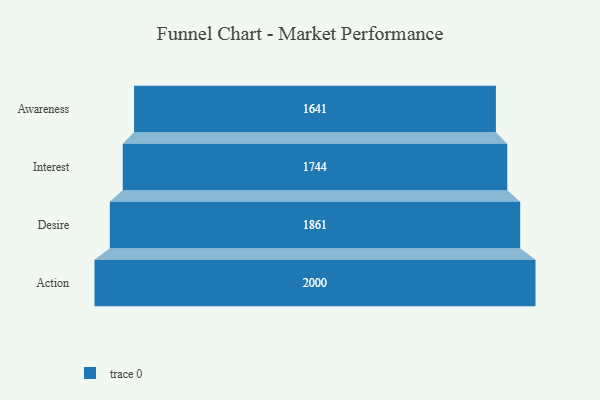
{"axis": {"x": "Stage", "y": "Value"}, "legend": [""], "data": [{"x": "Awareness", "y": 1641.0, "type": ""}, {"x": "Interest", "y": 1744.0, "type": ""}, {"x": "Desire", "y": 1861.0, "type": ""}, {"x": "Action", "y": 2000, "type": ""}]}